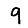
Digit: 9